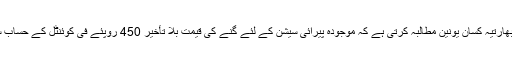
انہوں نے کہا کہ بھارتیہ کسان یونین مطالبہ کرتی ہے کہ موجودہ پیرائی سیشن کے لئے گنے کی قیمت بلا تأخیر 450 روپئے فی کوئنٹل کے حساب سے کرنی چاہیے۔